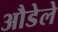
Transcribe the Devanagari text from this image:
औडेले